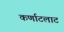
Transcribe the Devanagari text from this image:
कर्णाटलाट